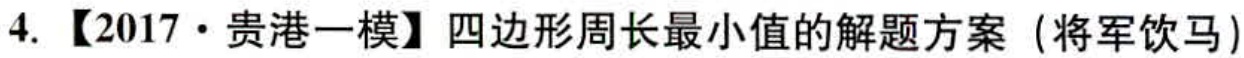
4.【2017·贵港一模】四边形周长最小值的解题方案（将军饮马）